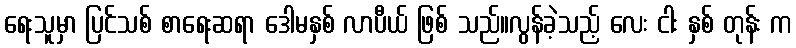
ရေးသူမှာ ပြင်သစ် စာရေးဆရာ ဒေါမနှစ် လာပီယ် ဖြစ် သည်။လွန်ခဲ့သည့် လေး ငါး နှစ် တုန်း က